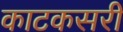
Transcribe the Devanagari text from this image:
काटकसरी